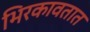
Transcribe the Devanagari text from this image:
भिरकावतात